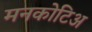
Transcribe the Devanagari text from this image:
मनकोटिअ